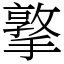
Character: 撉